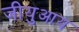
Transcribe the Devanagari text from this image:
जीयुआय